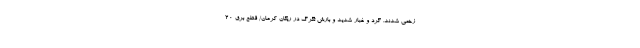
زخمی شدند. گرد و غبار شدید و بارش تگرگ در ریگان کرمان/ قطع برق ۲۰